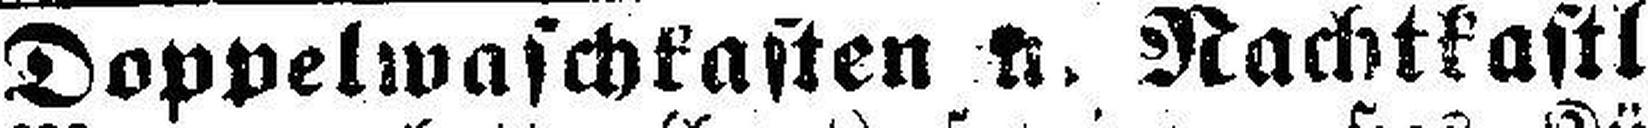
Doppelwaschkasten u. Nachtkastl